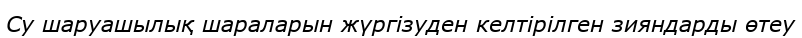
Су шаруашылық шараларын жүргізуден келтірілген зияндарды өтеу